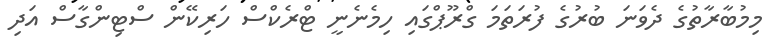
މިމުބާރާތުގެ ދެވަނަ ބުރުގެ ފުރަތަމަ ގްރޫޕްގައި ހިމެނެނީ ޓްރެކްސް ހަރިކޭން ސްޓިންގާސް އަދި